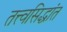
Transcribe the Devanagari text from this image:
तत्त्वसिद्धांत